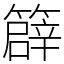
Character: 𥴬